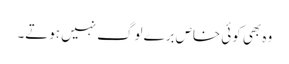
وہ بھی کوئی خاص برے لوگ نہیں ہوتے۔